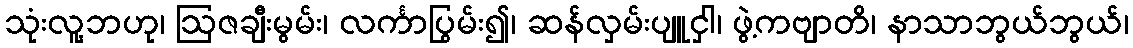
သုံးလူ့ဘဟု၊ ဩဇချီးမွမ်း၊ လင်္ကာပြွမ်း၍၊ ဆန်လှမ်းပျူငှါ၊ ဖွဲ့ကဗျာတိ၊ နာသာဘွယ်ဘွယ်၊